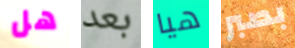
هل بعد هيا بصبر